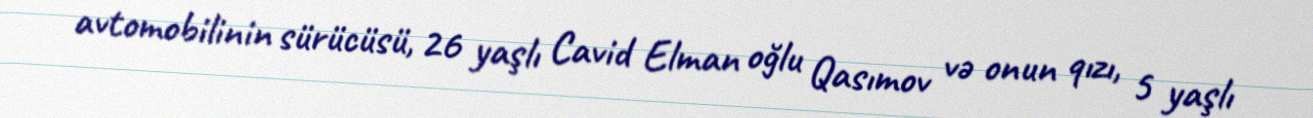
avtomobilinin sürücüsü, 26 yaşlı Cavid Elman oğlu Qasımov və onun qızı, 5 yaşlı